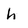
Character: h